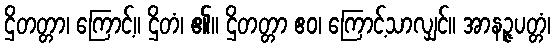
ဌိတတ္တာ၊ ကြောင့်။ ဌိတံ၊ ၏။ ဌိတတ္တာ ဧဝ၊ ကြောင့်သာလျှင်။ အာနဉ္ဇပတ္တံ၊